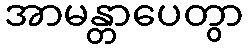
အာမန္တာပေတွာ